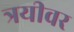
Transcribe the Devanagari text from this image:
त्रयीवर